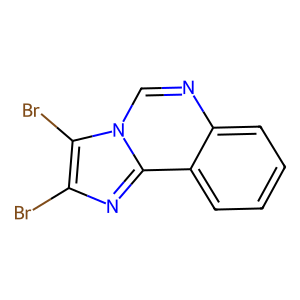
SMILES: Brc1nc2c3ccccc3ncn2c1Br
Inhibits HIV replication: No